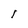
Character: I